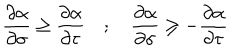
\frac { \partial \alpha } { \partial \sigma } \ge \frac { \partial \alpha } { \partial \tau } \quad ; \quad \frac { \partial \alpha } { \partial \sigma } \ge - \frac { \partial \alpha } { \partial \tau }